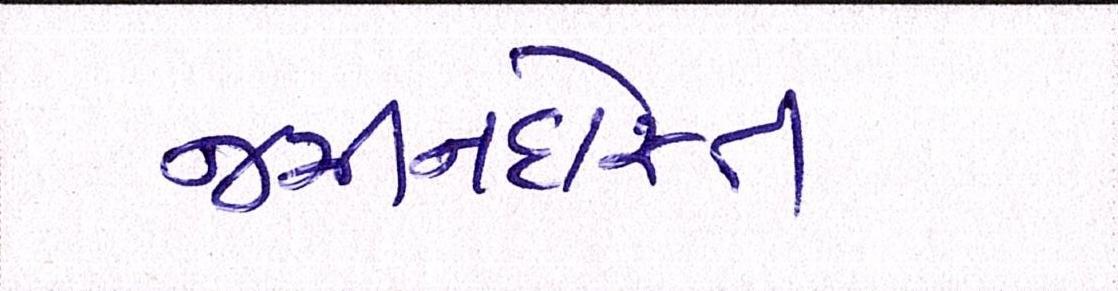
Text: જમીનદોસ્ત